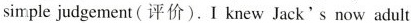
simnple judgement（评价）.I knew Javk's now adult